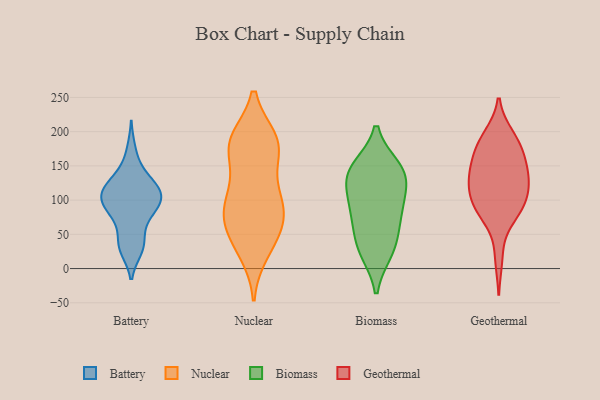
{"axis": {"x": "Tickets Resolved", "y": "Value"}, "legend": ["Battery", "Biomass", "Geothermal", "Nuclear"], "data": [{"x": "", "y": 40, "type": "Battery"}, {"x": "", "y": 64, "type": "Battery"}, {"x": "", "y": 173, "type": "Battery"}, {"x": "", "y": 121, "type": "Battery"}, {"x": "", "y": 83, "type": "Battery"}, {"x": "", "y": 97, "type": "Battery"}, {"x": "", "y": 113, "type": "Battery"}, {"x": "", "y": 28, "type": "Battery"}, {"x": "", "y": 100, "type": "Battery"}, {"x": "", "y": 122, "type": "Battery"}, {"x": "", "y": 33, "type": "Battery"}, {"x": "", "y": 147, "type": "Battery"}, {"x": "", "y": 95, "type": "Battery"}, {"x": "", "y": 121, "type": "Battery"}, {"x": "", "y": 93, "type": "Battery"}, {"x": "", "y": 109, "type": "Battery"}, {"x": "", "y": 100, "type": "Battery"}, {"x": "", "y": 78, "type": "Battery"}, {"x": "", "y": 29, "type": "Battery"}, {"x": "", "y": 126, "type": "Battery"}, {"x": "", "y": 172, "type": "Nuclear"}, {"x": "", "y": 89, "type": "Nuclear"}, {"x": "", "y": 135, "type": "Nuclear"}, {"x": "", "y": 188, "type": "Nuclear"}, {"x": "", "y": 110, "type": "Nuclear"}, {"x": "", "y": 84, "type": "Nuclear"}, {"x": "", "y": 24, "type": "Nuclear"}, {"x": "", "y": 182, "type": "Nuclear"}, {"x": "", "y": 98, "type": "Nuclear"}, {"x": "", "y": 32, "type": "Nuclear"}, {"x": "", "y": 186, "type": "Nuclear"}, {"x": "", "y": 60, "type": "Nuclear"}, {"x": "", "y": 53, "type": "Nuclear"}, {"x": "", "y": 180, "type": "Nuclear"}, {"x": "", "y": 90, "type": "Nuclear"}, {"x": "", "y": 187, "type": "Nuclear"}, {"x": "", "y": 64, "type": "Nuclear"}, {"x": "", "y": 136, "type": "Biomass"}, {"x": "", "y": 25, "type": "Biomass"}, {"x": "", "y": 46, "type": "Biomass"}, {"x": "", "y": 27, "type": "Biomass"}, {"x": "", "y": 76, "type": "Biomass"}, {"x": "", "y": 118, "type": "Biomass"}, {"x": "", "y": 86, "type": "Biomass"}, {"x": "", "y": 147, "type": "Biomass"}, {"x": "", "y": 145, "type": "Biomass"}, {"x": "", "y": 91, "type": "Biomass"}, {"x": "", "y": 138, "type": "Biomass"}, {"x": "", "y": 124, "type": "Geothermal"}, {"x": "", "y": 121, "type": "Geothermal"}, {"x": "", "y": 159, "type": "Geothermal"}, {"x": "", "y": 121, "type": "Geothermal"}, {"x": "", "y": 194, "type": "Geothermal"}, {"x": "", "y": 184, "type": "Geothermal"}, {"x": "", "y": 83, "type": "Geothermal"}, {"x": "", "y": 166, "type": "Geothermal"}, {"x": "", "y": 193, "type": "Geothermal"}, {"x": "", "y": 81, "type": "Geothermal"}, {"x": "", "y": 147, "type": "Geothermal"}, {"x": "", "y": 146, "type": "Geothermal"}, {"x": "", "y": 16, "type": "Geothermal"}, {"x": "", "y": 173, "type": "Geothermal"}, {"x": "", "y": 122, "type": "Geothermal"}, {"x": "", "y": 91, "type": "Geothermal"}, {"x": "", "y": 125, "type": "Geothermal"}, {"x": "", "y": 91, "type": "Geothermal"}, {"x": "", "y": 84, "type": "Geothermal"}]}